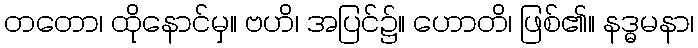
တတော၊ ထိုနောင်မှ။ ဗဟိ၊ အပြင်၌။ ဟောတိ၊ ဖြစ်၏။ နဒ္ဓမနာ၊